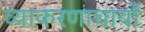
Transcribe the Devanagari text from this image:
व्याकरणाचार्यो